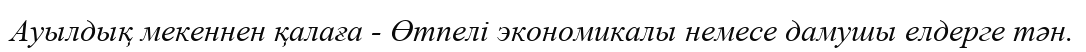
Ауылдық мекеннен қалаға - Өтпелі экономикалы немесе дамушы елдерге тән.